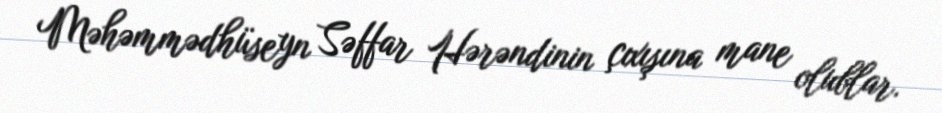
Məhəmmədhüseyn Səffar Hərəndinin çıxışına mane olublar.